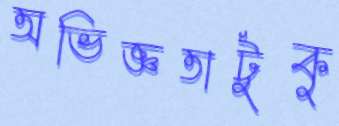
অভিজ্ঞতাটুকু